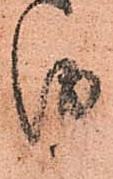
儀